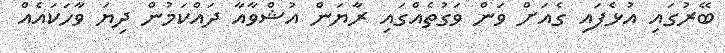
ބޭރުގައި އުޅެފައި ގެއަށް ވަން ވަގުތެއްގައި ރާޔަން އުޝްވާއާ ދައްކަމުން ދިޔަ ވާހަކައެއް